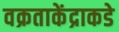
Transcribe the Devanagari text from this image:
वक्रताकेंद्राकडे